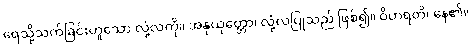
ရေသို့သက်ခြင်းဟူသော လုံ့လကို။ အနုယုတ္တော၊ လုံ့လပြုသည် ဖြစ်၍။ ဝိဟရတိ၊ နေ၏။